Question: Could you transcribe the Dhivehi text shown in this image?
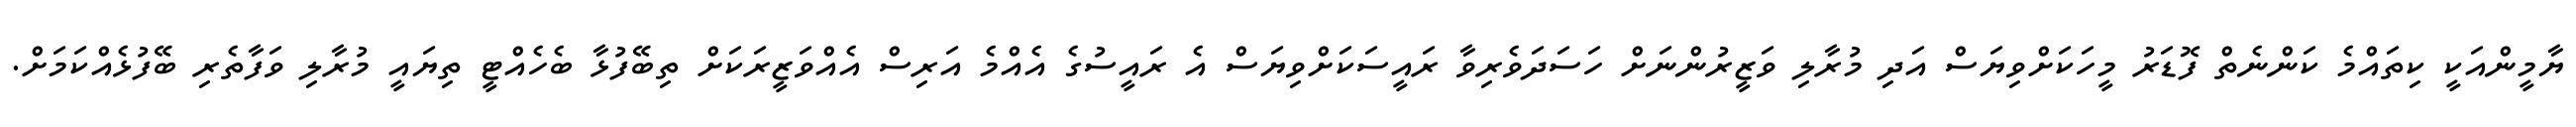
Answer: ޔާމީންއަކީ ކިތައްމެ ކަންނެތް ފޮޑަރު މީހަކަށްވިޔަސް އަދި މުރާލި ވަޒީރުންނަށް ހަސަދަވެރިވާ ރައީސަކަށްވިޔަސް އެ ރައީސުގެ އެއްމެ އަރިސް އެއްވަޒީރަކަށް ތިބޭފުޅާ ބެހެއްޓީ ތިޔައީ މުރާލި ވަފާތެރި ބޭފުޅެއްކަމަށް.